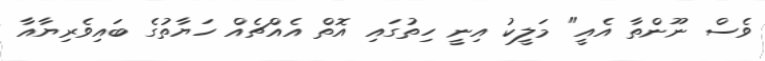
ވެސް ނޫންތާ އެއީ" މަލީކު އިނީ ހިތުގައި އޮތް އެއްޗެއް ހަޔާތުގެ ބައިވެރިޔާއާ